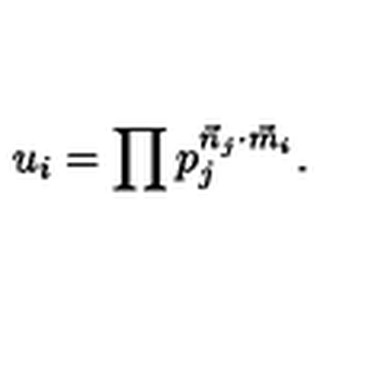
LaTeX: u _ { i } = \prod p _ { j } ^ { { \vec { n } _ { j } } \cdot { \vec { m } _ { i } } } .